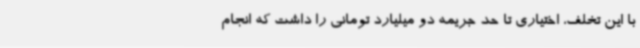
با این تخلف، اختیاری تا حد جریمه دو میلیارد تومانی را داشت که انجام